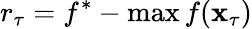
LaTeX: r_{\tau}=f^{*}-\operatorname*{max}f(\mathbf{x}_{\tau})